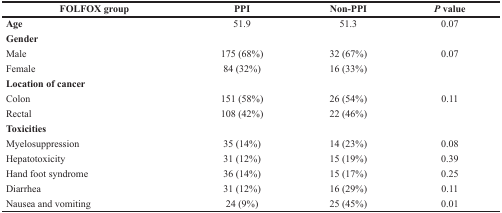
| FOLFOX group | PPI | Non-PPI | P value |
 | --- | --- | --- | --- |
 | Age | 51.9 | 51.3 | 0.07 |
 | Gender |  |  |  |
 | Male | 175 (68%) | 32 (67%) | 0.07 |
 | Female | 84 (32%) | 16 (33%) |  |
 | Location of cancer |  |  |  |
 | Colon | 151 (58%) | 26 (54%) | 0.11 |
 | Rectal | 108 (42%) | 22 (46%) |  |
 | Toxicities |  |  |  |
 | Myelosuppression | 35 (14%) | 14 (23%) | 0.08 |
 | Hepatotoxicity | 31 (12%) | 15 (19%) | 0.39 |
 | Hand foot syndrome | 36 (14%) | 15 (17%) | 0.25 |
 | Diarrhea | 31 (12%) | 16 (29%) | 0.11 |
 | Nausea and vomiting | 24 (9%) | 25 (45%) | 0.01 |